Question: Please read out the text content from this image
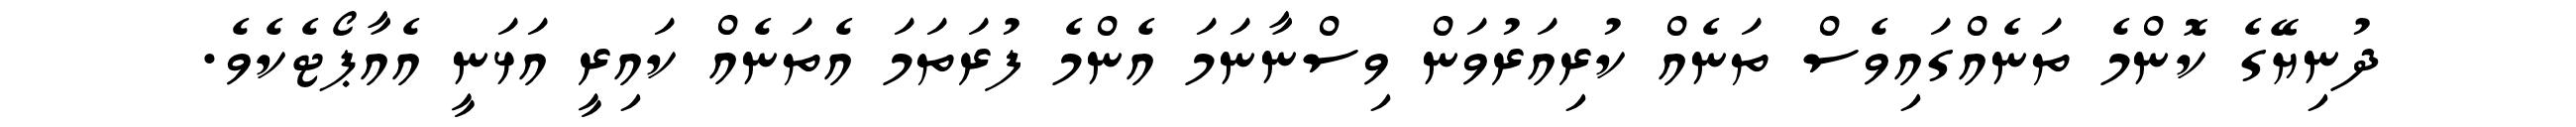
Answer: ދުނިޔޭގެ ކޮންމެ ތަނެއްގައިވެސް ތަނެއް ކުރިއަރުވަން ވިސްނާނަމަ އެންމެ ފުރަތަމަ އެތަނެއް ކައިރީ އަޅަނީ އެއާޕޯޓެކެވެ.